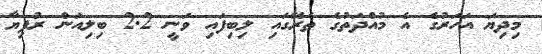
މިދިޔަ އަހަރުގެ އެ މުއްދަތުގެ ތެރޭގައި ލިބިފައި ވަނީ 2.2 ބިލިއަން ރުފިޔާ